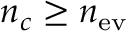
n _ { c } \geq n _ { \mathrm { e v } }